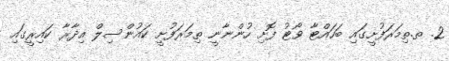
2. ތ.ތިމަރަފުށީގައި ބަހައްޓާ ވޯޓު ފޮށި ހުންނާނީ ތިމަރަފުށީ ކައުންސިލް އިދާރާ ކައިރީގައި